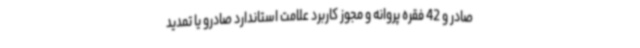
صادر و 42 فقره پروانه و مجوز کاربرد علامت استاندارد صادرو یا تمدید